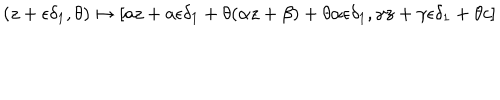
LaTeX: ( z + \epsilon \delta _ { 1 } , \theta ) \mapsto [ a z + a \epsilon \delta _ { 1 } + \theta ( \alpha z + \beta ) + \theta \alpha \epsilon \delta _ { 1 } , \gamma z + \gamma \epsilon \delta _ { 1 } + \theta c ]